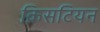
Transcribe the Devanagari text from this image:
क्रिसटियन